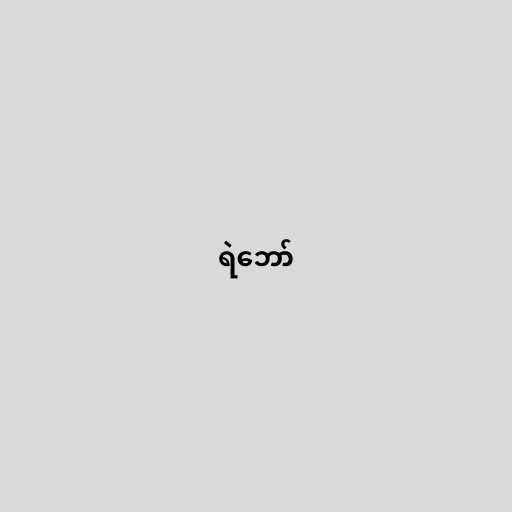
ရဲဘော်